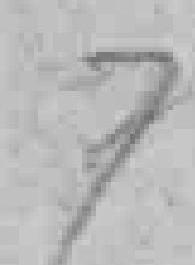
7